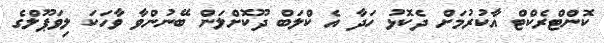
ކޮންޓްރެކްޓް އާކުރުމަށް ދެކޮޅު ހަދާ އެ ކްލަބް ދޫކޮށްލަން ބޭނުންވާ ވާހަކަ ލިވަޕޫލްގެ